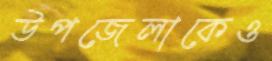
উপজেলাকেও